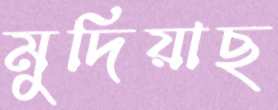
মুদিয়াছ